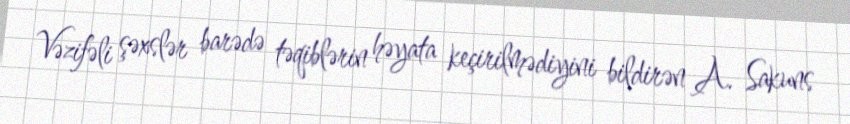
Vəzifəli şəxslər barədə təqiblərin həyata keçirilmədiyini bildirən A. Sakuns